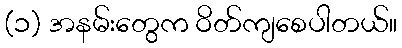
(၁) အနမ်းတွေက ဝိတ်ကျစေပါတယ်။